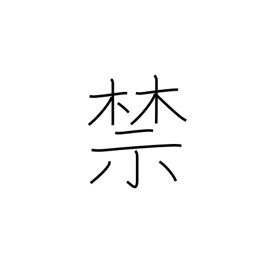
Meaning: forbid